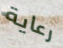
رعاية